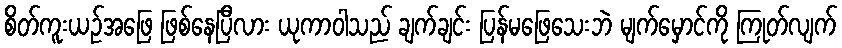
စိတ်ကူးယဉ်အဖြေ ဖြစ်နေပြီလား ယုကာဝါသည် ချက်ချင်း ပြန်မဖြေသေးဘဲ မျက်မှောင်ကို ကြုတ်လျက်